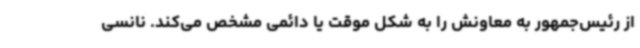
از رئیس‌جمهور به معاونش را به شکل موقت یا دائمی مشخص می‌کند. نانسی